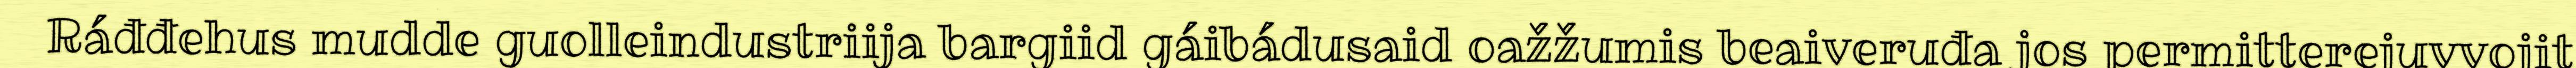
Ráđđehus mudde guolleindustriija bargiid gáibádusaid oažžumis beaiveruđa jos permitterejuvvojit